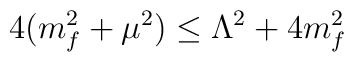
4(m^2_f+\mu^2)\le \Lambda^2 +4m^2_f